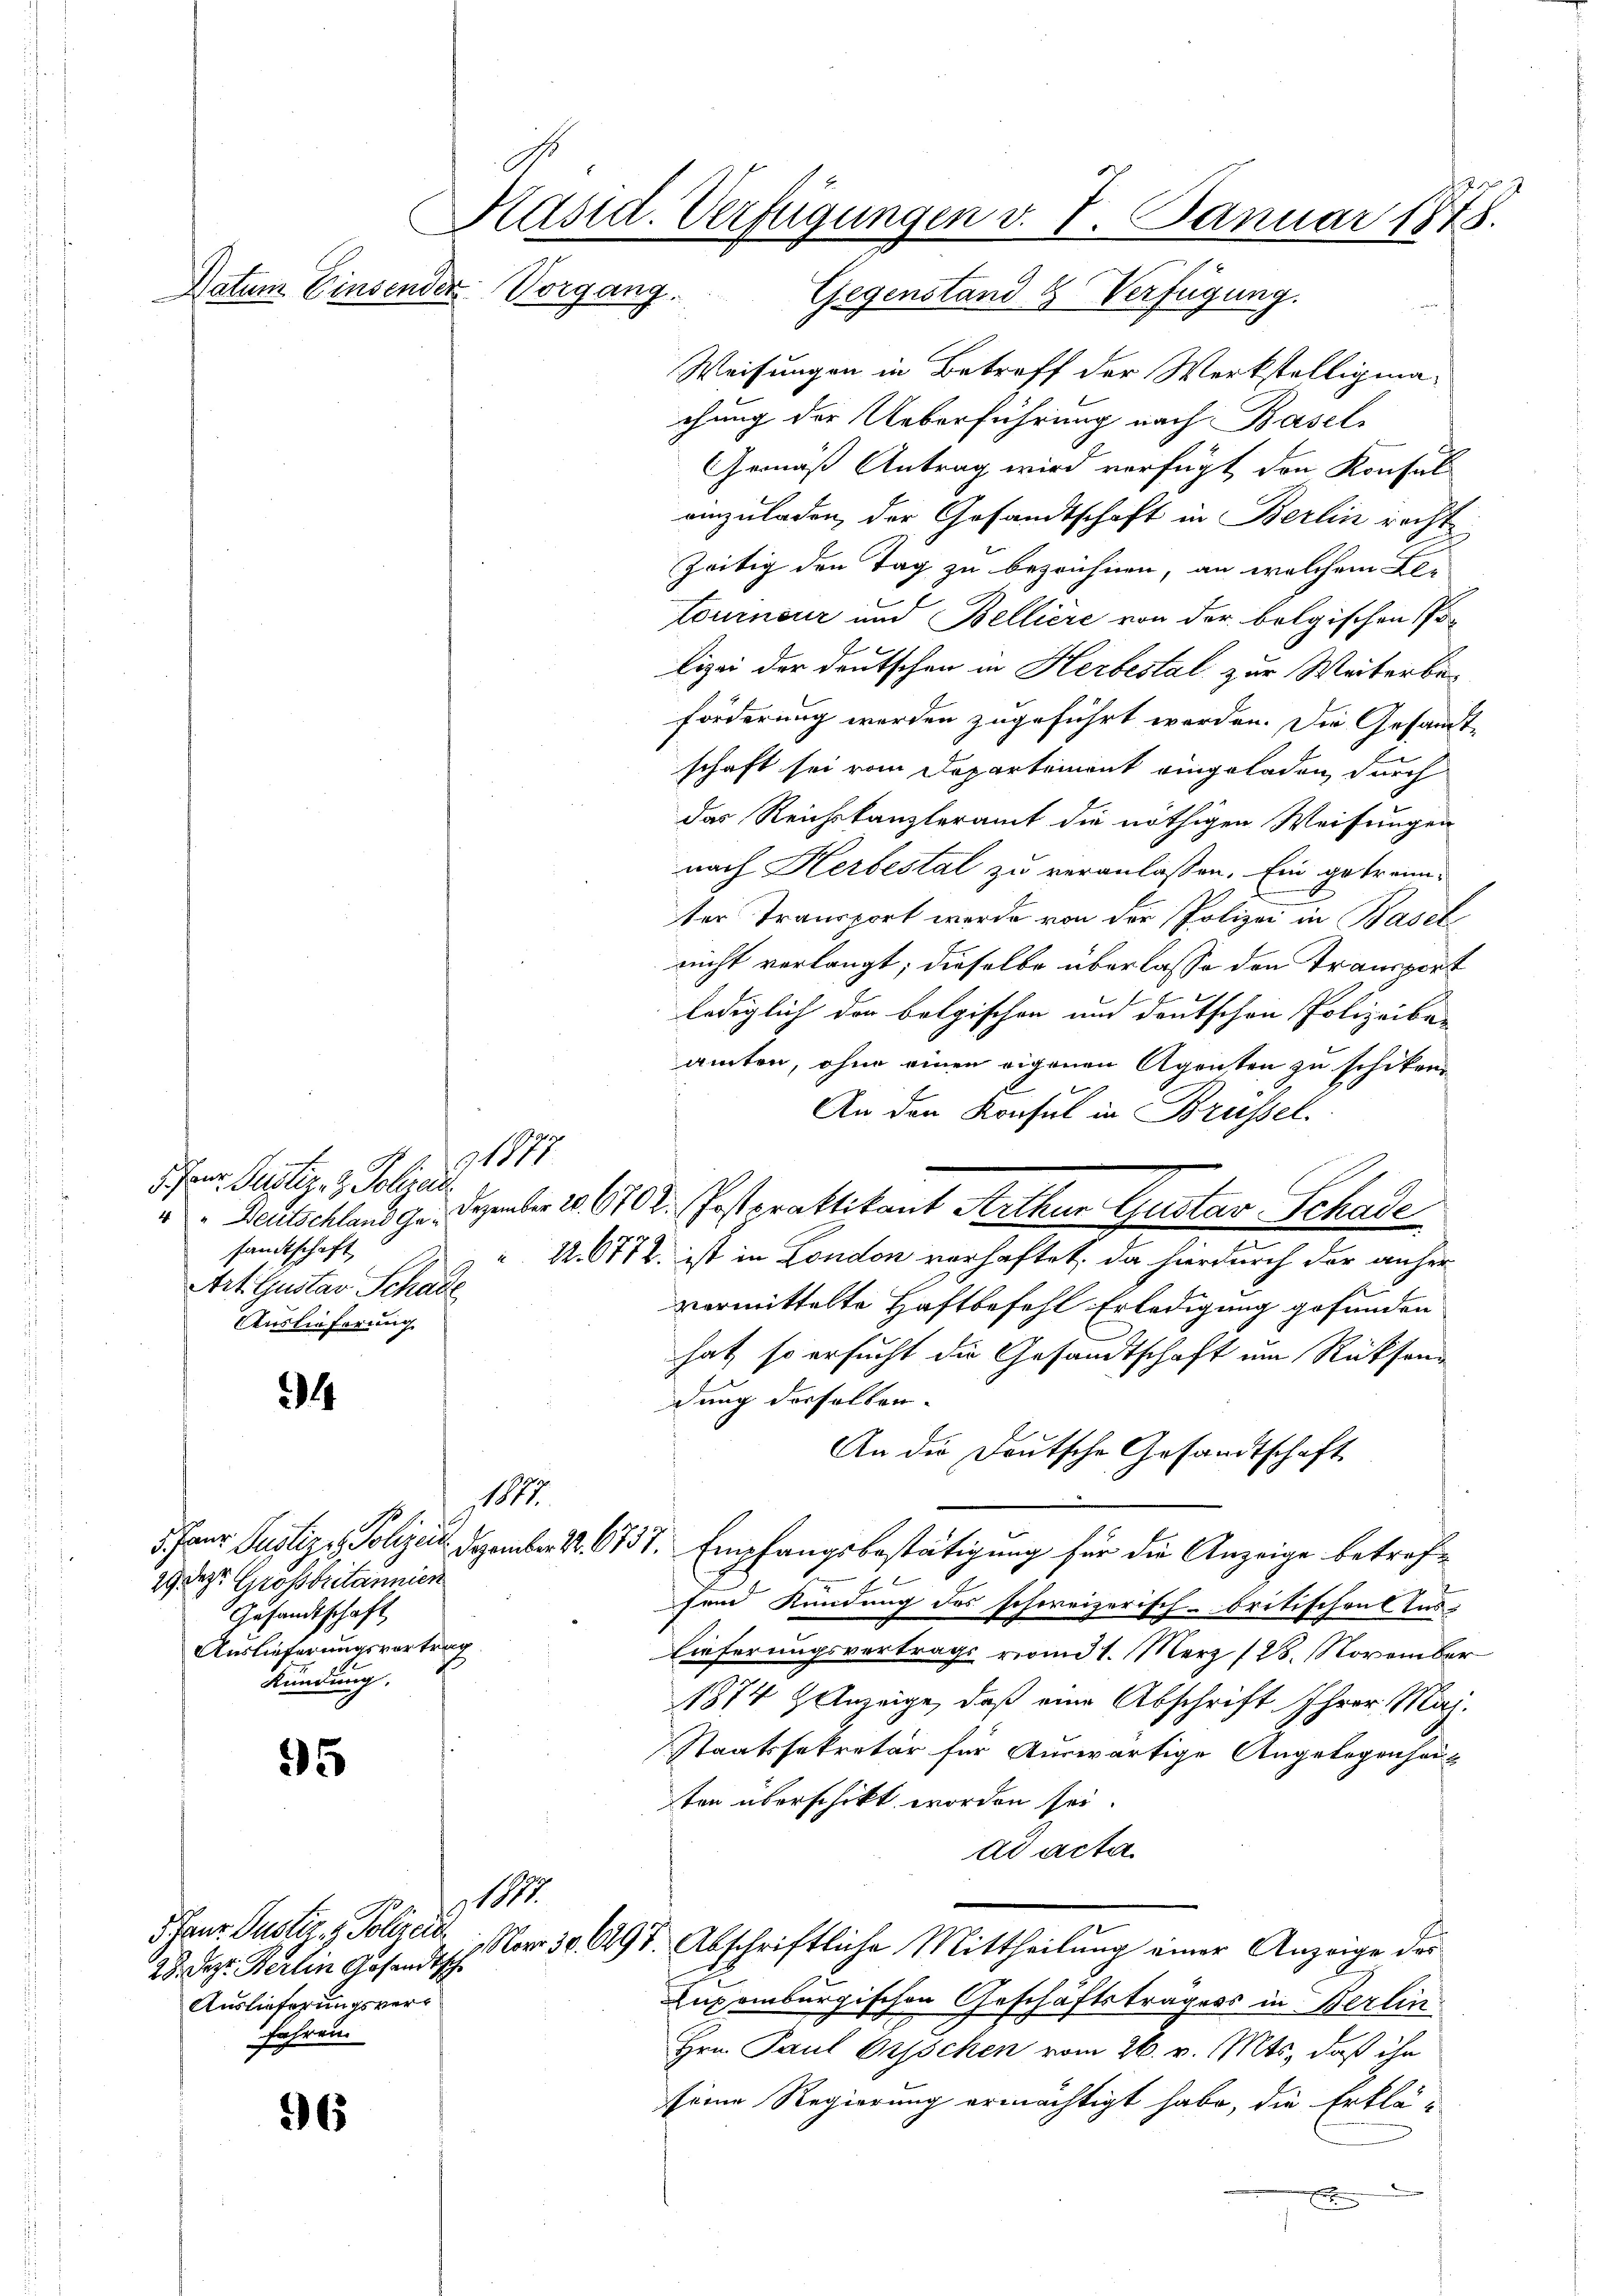
5. Janr. Geistiz- & Polizei
sandtschaft,
Art. Gustav Schade
Auslieferung

34

.
29. Der Großbritannier
Gesandtschaft
Auslieferungsvortrag
Kündung.

95

28. Dez. Berlin Gesandtsch
Auslieferungsverfahren.

6

Präsid. Verfügungen v. 7. Januar 1875.
Datum Einsender Vorgang.

Gegenstand & Verfügung.
Weisungen in Betreff der Werkstelligmachung der Ueberführung nach Basel-
Gemäß Antrag wird verfügt den Konsul
einzuladen, der Gesandtschaft in Berlin recht
zeitig den Tag zu bezeichnen, an welchem Kle
tourneur und Belliere von der belgischen Polizei der deutschen in Herbestal zur Weiterbe-
forderung werden zugeführt werden. Die Gesandtschaft sei vom Departement eingeladen, durch
das Reichskanzleramt die nöthigen Weisungen
nach Herbestal zu veranlassen. Ein gebraunter Transport wurde von der Polizei in Basel
nicht verlangt; dieselbe überlasse den Transport
l
lediglich der belgischen und deutschen Polizeiba-
amten, ohne einen eigenen Agenten zu schiken
An den Konsul in Brüssel.
u Deutschland ge. Dezember 186702. Postpraktikant Arthur Gustav Schade
 12. 6772. ist in London verhaftet, da hierdurch der anhervormittelte Haftbefehl Erledigung gefunden
hat, so ersucht die Gesandtschaft um Rücksendung derselben.
An die Deutsche Gesandtschaft
1877
5 Paur Justiz & Polizen Dezember S. 6737. Empfangsbestätigung für die Anzeige betreffend Kündung des schweizerisch-britischen Ins
Lieferungsvertrags vom 31. März 188. November
1874 Anzeige, daß eine Abschrift Ihrer Maj
Staatssekretär für Auswärtige Angelegenheit
ten überschikt worden sei.
ad acta
M.
Paur Justiz- & Polize Nr. 306497. Abschriftliche Mittheilŭng einer Anzeige des
Luxenburgischen Geschäftsträgers in Berlin
Hrn. Paul Orsschen vom 26. v. Mts., daß ihn
seine Regierung ermächtigt habe, die Erklä-
e
x

117